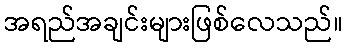
အရည်အချင်းများဖြစ်လေသည်။